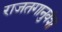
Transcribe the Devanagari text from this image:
राजतगानुवंश